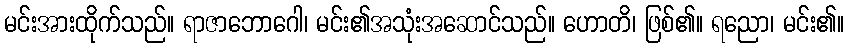
မင်းအားထိုက်သည်။ ရာဇာဘောဂေါ၊ မင်း၏အသုံးအဆောင်သည်။ ဟောတိ၊ ဖြစ်၏။ ရညော၊ မင်း၏။